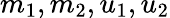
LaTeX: m_{1},m_{2},u_{1},u_{2}